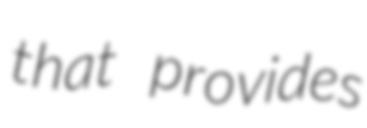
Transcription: that provides